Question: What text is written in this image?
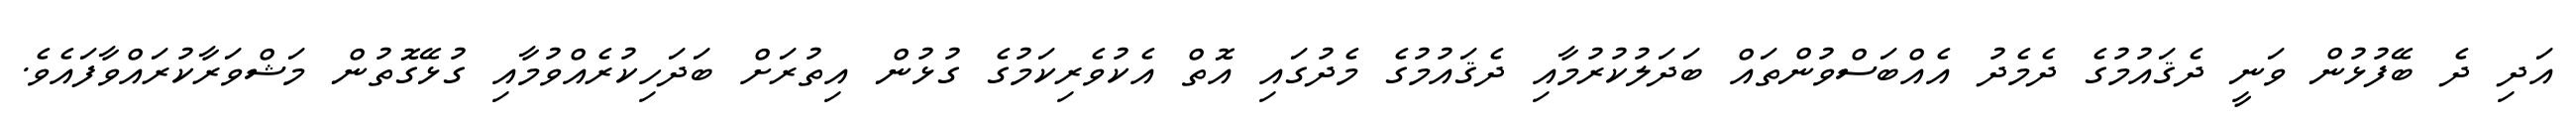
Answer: އަދި ދެ ބޭފުޅުން ވަނީ ދެޤައުމުގެ ދެމެދު އެއްބަސްވުންތައް ބަދަލުކުރުމާއި ދެޤައުމުގެ މެދުގައި އޮތް އެކުވެރިކަމުގެ ގުޅުން އިތުރަށް ބަދަހިކުރެއްވުމާއި ގުޅޭގޮތުން މަޝްވަރާކުރައްވާފައެވެ.